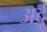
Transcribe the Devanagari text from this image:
अर्दू